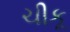
ચીકૂ